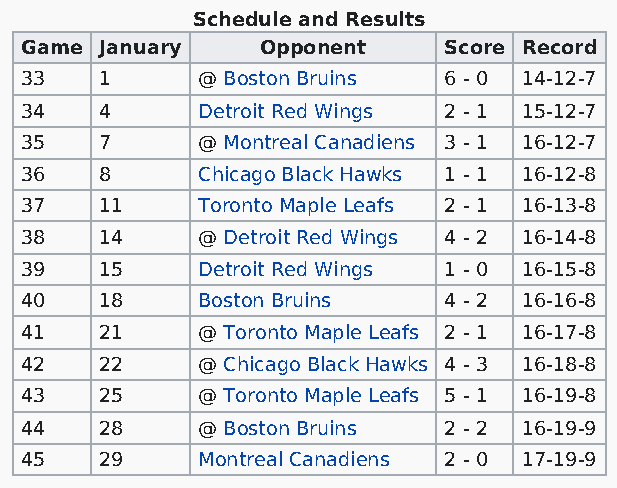
Schedule and Results
 Game  January   Opponent    Score Record
 33    1     @ Boston Bruins 6 - 0 14-12-7
 34    4     Detroit Red Wings 2 - 1 15-12-7
 35    7     @ Montreal Canadiens 3 - 1 16-12-7
 36    8     Chicago Black Hawks 1 - 1 16-12-8
 37    11    Toronto Maple Leafs 2 - 1 16-13-8
 38    14    @ Detroit Red Wings 4 - 2 16-14-8
 39    15    Detroit Red Wings 1 - 0 16-15-8
 40    18    Boston Bruins   4 - 2 16-16-8
 41    21    @ Toronto Maple Leafs 2 - 1 16-17-8
 42    22    @ Chicago Black Hawks 4 - 3 16-18-8
 43    25    @ Toronto Maple Leafs 5 - 1 16-19-8
 44    28    @ Boston Bruins 2 - 2 16-19-9
 45    29    Montreal Canadiens 2 - 0 17-19-9